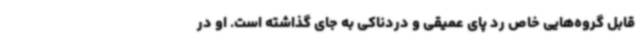
قابل گروه‌هایی خاص رد پای عمیقی و دردناکی به جای گذاشته است. او در